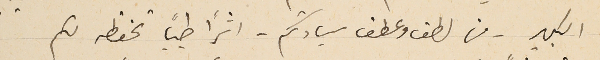
الكبير - من لطف وعطف سيادتكم - اثرًا طيبًا تحفظه لكم